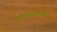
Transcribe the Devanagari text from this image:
अंतर्भागांमध्ये